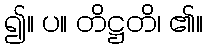
၍။ ပ။ တိဋ္ဌတိ၊ ၏။